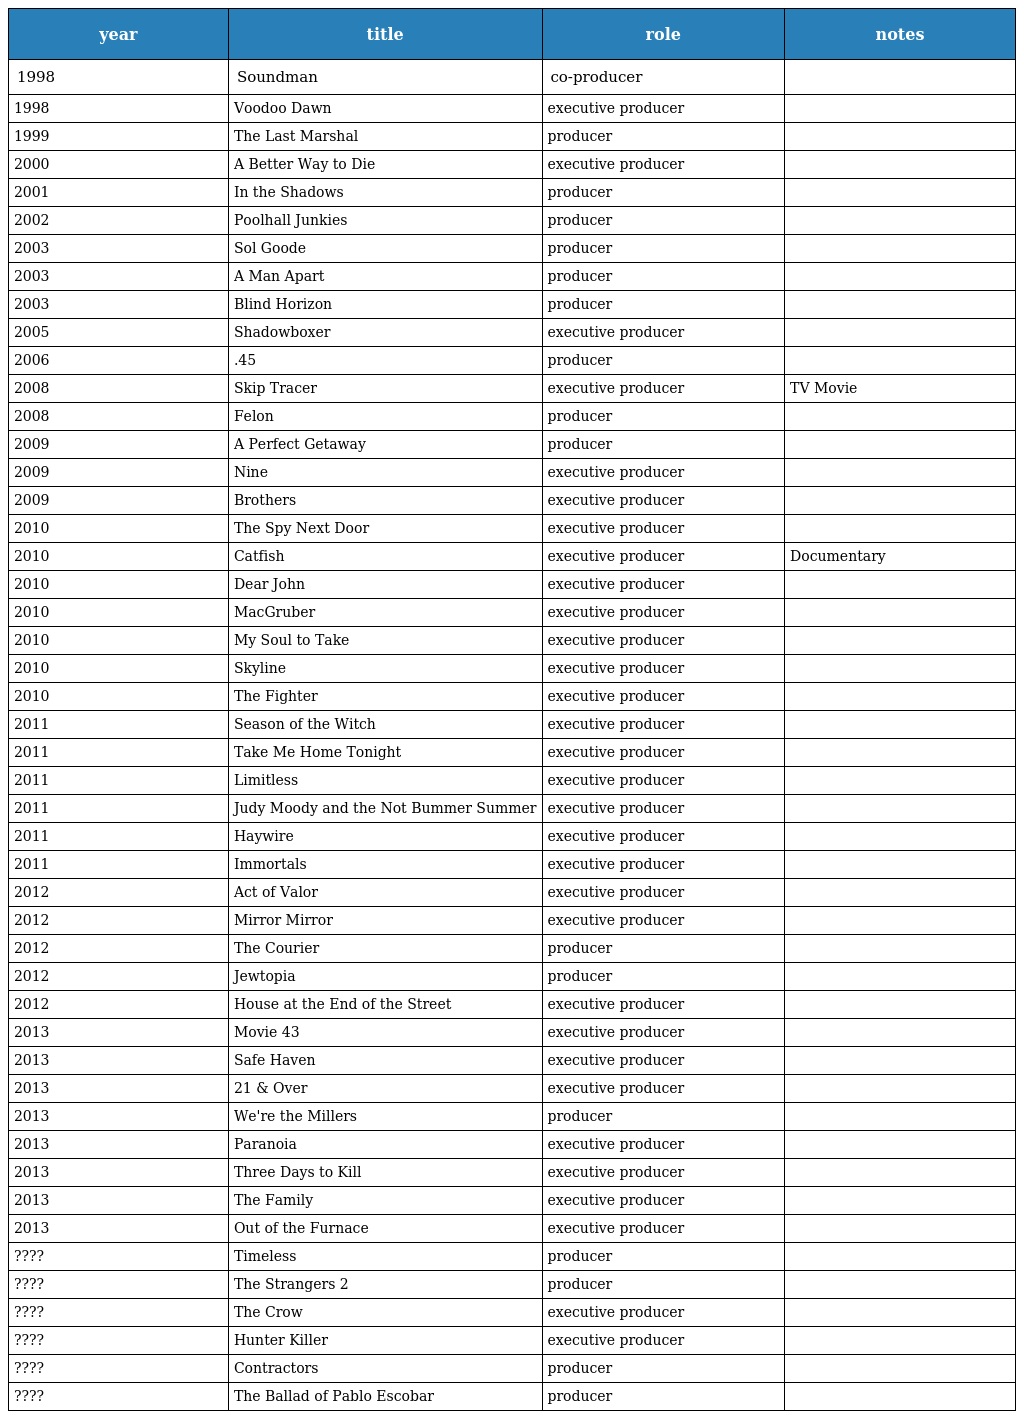
| year | title | role | notes |
 | --- | --- | --- | --- |
 | 1998 | Soundman | co-producer |  |
 | 1998 | Voodoo Dawn | executive producer |  |
 | 1999 | The Last Marshal | producer |  |
 | 2000 | A Better Way to Die | executive producer |  |
 | 2001 | In the Shadows | producer |  |
 | 2002 | Poolhall Junkies | producer |  |
 | 2003 | Sol Goode | producer |  |
 | 2003 | A Man Apart | producer |  |
 | 2003 | Blind Horizon | producer |  |
 | 2005 | Shadowboxer | executive producer |  |
 | 2006 | .45 | producer |  |
 | 2008 | Skip Tracer | executive producer | TV Movie |
 | 2008 | Felon | producer |  |
 | 2009 | A Perfect Getaway | producer |  |
 | 2009 | Nine | executive producer |  |
 | 2009 | Brothers | executive producer |  |
 | 2010 | The Spy Next Door | executive producer |  |
 | 2010 | Catfish | executive producer | Documentary |
 | 2010 | Dear John | executive producer |  |
 | 2010 | MacGruber | executive producer |  |
 | 2010 | My Soul to Take | executive producer |  |
 | 2010 | Skyline | executive producer |  |
 | 2010 | The Fighter | executive producer |  |
 | 2011 | Season of the Witch | executive producer |  |
 | 2011 | Take Me Home Tonight | executive producer |  |
 | 2011 | Limitless | executive producer |  |
 | 2011 | Judy Moody and the Not Bummer Summer | executive producer |  |
 | 2011 | Haywire | executive producer |  |
 | 2011 | Immortals | executive producer |  |
 | 2012 | Act of Valor | executive producer |  |
 | 2012 | Mirror Mirror | executive producer |  |
 | 2012 | The Courier | producer |  |
 | 2012 | Jewtopia | producer |  |
 | 2012 | House at the End of the Street | executive producer |  |
 | 2013 | Movie 43 | executive producer |  |
 | 2013 | Safe Haven | executive producer |  |
 | 2013 | 21 & Over | executive producer |  |
 | 2013 | We're the Millers | producer |  |
 | 2013 | Paranoia | executive producer |  |
 | 2013 | Three Days to Kill | executive producer |  |
 | 2013 | The Family | executive producer |  |
 | 2013 | Out of the Furnace | executive producer |  |
 | ???? | Timeless | producer |  |
 | ???? | The Strangers 2 | producer |  |
 | ???? | The Crow | executive producer |  |
 | ???? | Hunter Killer | executive producer |  |
 | ???? | Contractors | producer |  |
 | ???? | The Ballad of Pablo Escobar | producer |  |